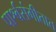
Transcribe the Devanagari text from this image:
पार्श्वसंगीतात